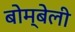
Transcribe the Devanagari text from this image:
बोम्बेली